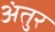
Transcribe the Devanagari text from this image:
अंतुर